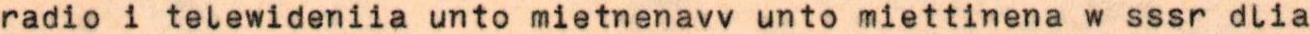
radio i telewideniia unto mietnenavv unto miettinena w sssr dlia